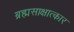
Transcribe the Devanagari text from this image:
ब्रह्मसाक्षात्कार